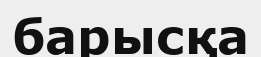
барысқа